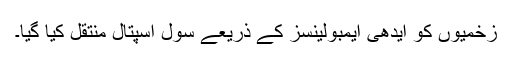
زخمیوں کو ایدھی ایمبولینسز کے ذریعے سول اسپتال منتقل کیا گیا۔